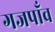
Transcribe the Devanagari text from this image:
गजपाँव